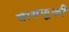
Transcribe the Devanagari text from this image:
वागणूकी